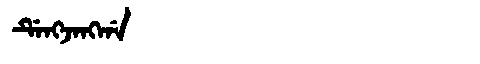
Manchu: ᡩᡝᠩᠵᠠᠩᡤᠠ
Romanization: DENGJANGGA